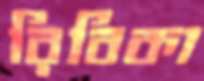
রিবিকা